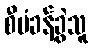
စီမံခန့်ခွဲသူ